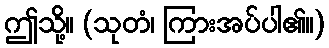
ဤသို့။ (သုတံ၊ ကြားအပ်ပါ၏။)